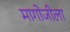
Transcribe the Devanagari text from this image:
मागोजीला